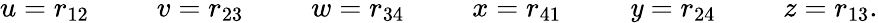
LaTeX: u=r_{12}\phantom{space}v=r_{23}\phantom{space}w=r_{34}\phantom{space}x=r_{41}\phantom{space}\mathit{y}=r_{24}\phantom{space}z=r_{13}.